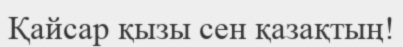
Қайсар қызы сен қазақтың!